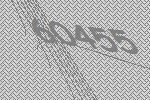
60455